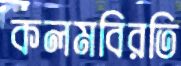
কলমবিরতি